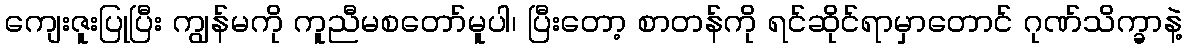
ကျေးဇူးပြုပြီး ကျွန်မကို ကူညီမစတော်မူပါ၊ ပြီးတော့ စာတန်ကို ရင်ဆိုင်ရာမှာတောင် ဂုဏ်သိက္ခာနဲ့